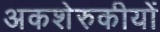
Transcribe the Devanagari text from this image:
अकशेरुकीयों